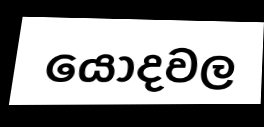
යොදවල